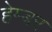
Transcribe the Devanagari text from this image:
हेम्बर